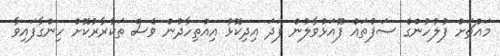
މައްޗަށް ފުލުހުންގެ ސަފުތައް ފޫއަޅުވާލުން ފަދަ އިދިކޮޅު އިއްތިހާދުން ވެސް ތަކުރާރުކޮށް ހިންގާފައިވާ